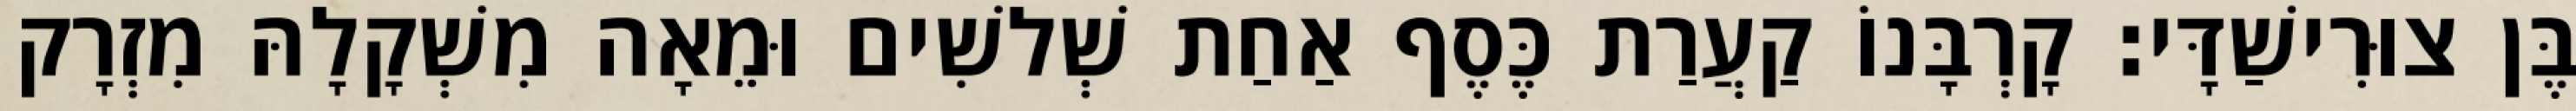
בֶּן צוּרִישַׁדָּי׃ קָרְבָּנוֹ קַעֲרַת כֶּסֶף אַחַת שְׁלשִׁים וּמֵאָה מִשְׁקָלָהּ מִזְרָק